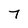
Character: 7